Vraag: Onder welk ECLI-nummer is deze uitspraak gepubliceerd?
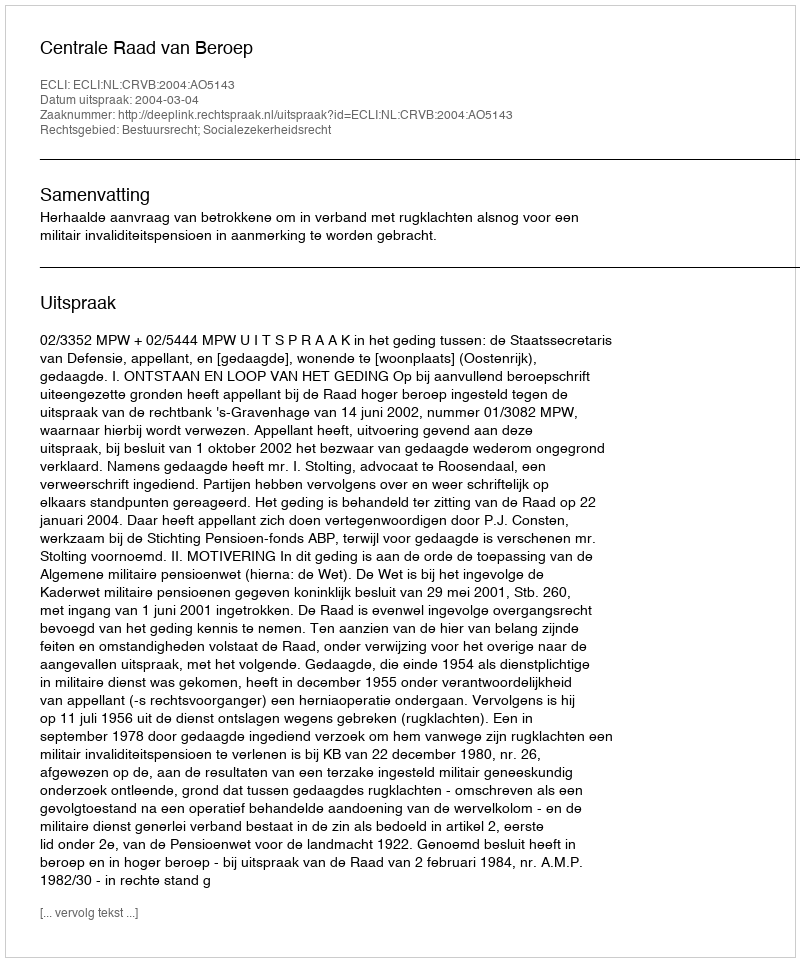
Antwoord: ECLI:NL:CRVB:2004:AO5143